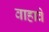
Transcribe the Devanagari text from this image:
वाहावे